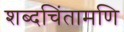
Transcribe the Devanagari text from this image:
शब्दचिंतामणि